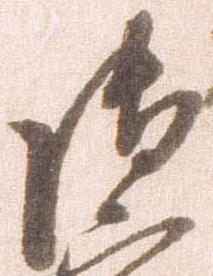
御